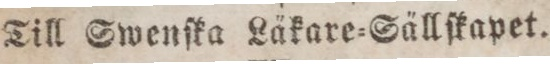
Till Swenſka Läkare=Sällſkapet.